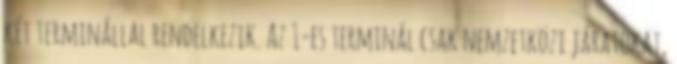
két terminállal rendelkezik. Az 1-es terminál csak nemzetközi járatokat,